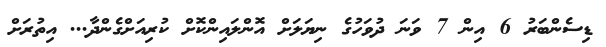
ޑިސެންބަރު 6 އިން 7 ވަނަ ދުވަހުގެ ނިޔަލަށް އޮންލައިންކޮށް ކުރިއަށްގެންދާ... އިތުރަށް